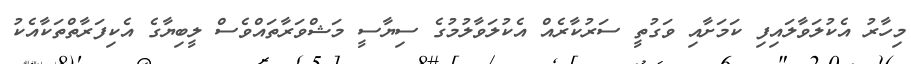
މިހާރު އެކުލަވާލައިފި ކަމަށާއި ވަގުތީ ސަރުކާރެއް އެކުލަވާލުމުގެ ސިޔާސީ މަޝްވަރާތައްވެސް ލީބިޔާގެ އެކިފަރާތްތަކާއެކު